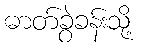
ဓာတ်ခွဲခန်းသို့